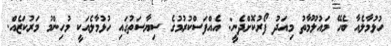
ހުޅުމާލެއާ ބެހޭ މައުލޫމާތު މިއަދު ފޯރުކޮށްދެނީ: އެއްފަސްކުރުމުގެ ސިޔާސަތުގައި ހުޅުމާލެއަކީ މުހިންމު މަރުކަޒެއް.